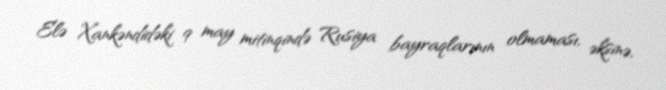
Elə Xankəndidəki 9 may mitinqində Rusiya bayraqlarının olmaması, əksinə,